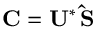
\mathbf { C } = \mathbf { U ^ { * } } \, \mathbf { \hat { S } }